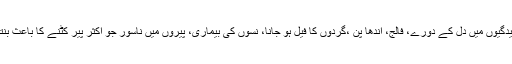
ذیابیطس کی پیچیدگیوں میں دل کے دورے، فالج، اندھا پن ،گردوں کا فیل ہو جانا، نسوں کی بیماری، پیروں میں ناسور جو اکثر پیر کٹنے کا باعث بنتے ہیں شامل ہیں۔